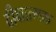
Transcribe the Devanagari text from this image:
दीक्षात्मक